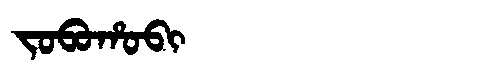
Manchu: ᠵᠣᠪᠣᡥᠣᠪᡳ
Romanization: JOBOHOBI